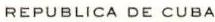
REPUBLICA DE CUBA